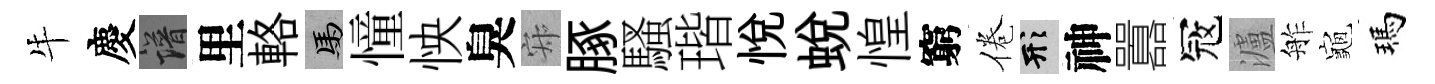
牛慶譜里輅馬憧怏臭寂䐁騷瑎悦蛻惶窮倦形神囂冦瀘舴龜瑪